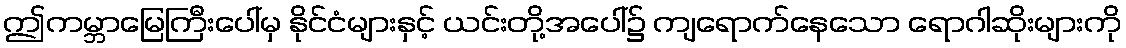
ဤကမ္ဘာမြေကြီးပေါ်မှ နိုင်ငံများနှင့် ယင်းတို့အပေါ်၌ ကျရောက်နေသော ရောဂါဆိုးများကို